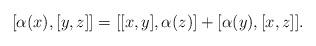
LaTeX: \begin{align*}[\alpha(x),[y, z]]=[[x,y],\alpha(z)]+[\alpha(y),[x,z]]. \end{align*}